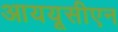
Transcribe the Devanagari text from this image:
आययूसीएन